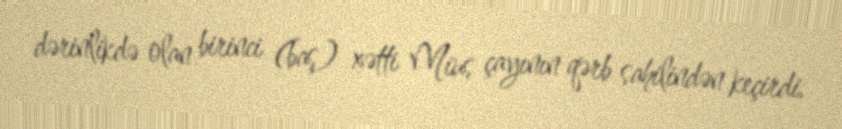
dərinlikdə olan birinci (baş) xətti Mius çayının qərb sahilindən keçirdi.